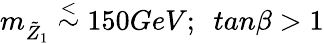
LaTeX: m_{\tilde{Z}_{1}}\stackrel{<}{\sim}150GeV;~~tan\beta>1